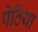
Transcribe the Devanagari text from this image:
पेठिया